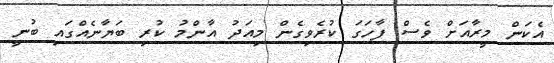
އެކަން މީރާއަށް ވެސް ފާހަގަ ކުރެވިގެން މިއަދު އާންމު ކުރި ބަޔާނެއްގައި ބުނީ